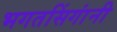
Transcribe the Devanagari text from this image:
भगतसिंगांनी